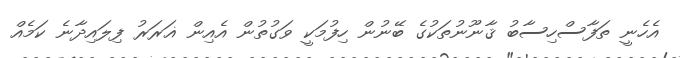
އެހެނީ ތަފާސްހިސާބު ޤާނޫނުތަކުގެ ބޭނުން ހިފުމަކީ ވަގުތުން އެއިން ޣަރަރު ފިލައިދާނެ ކަމެއް